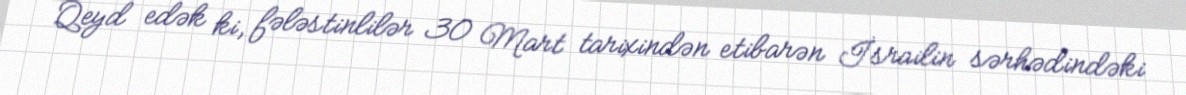
Qeyd edək ki, fələstinlilər 30 Mart tarixindən etibarən İsrailin sərhədindəki